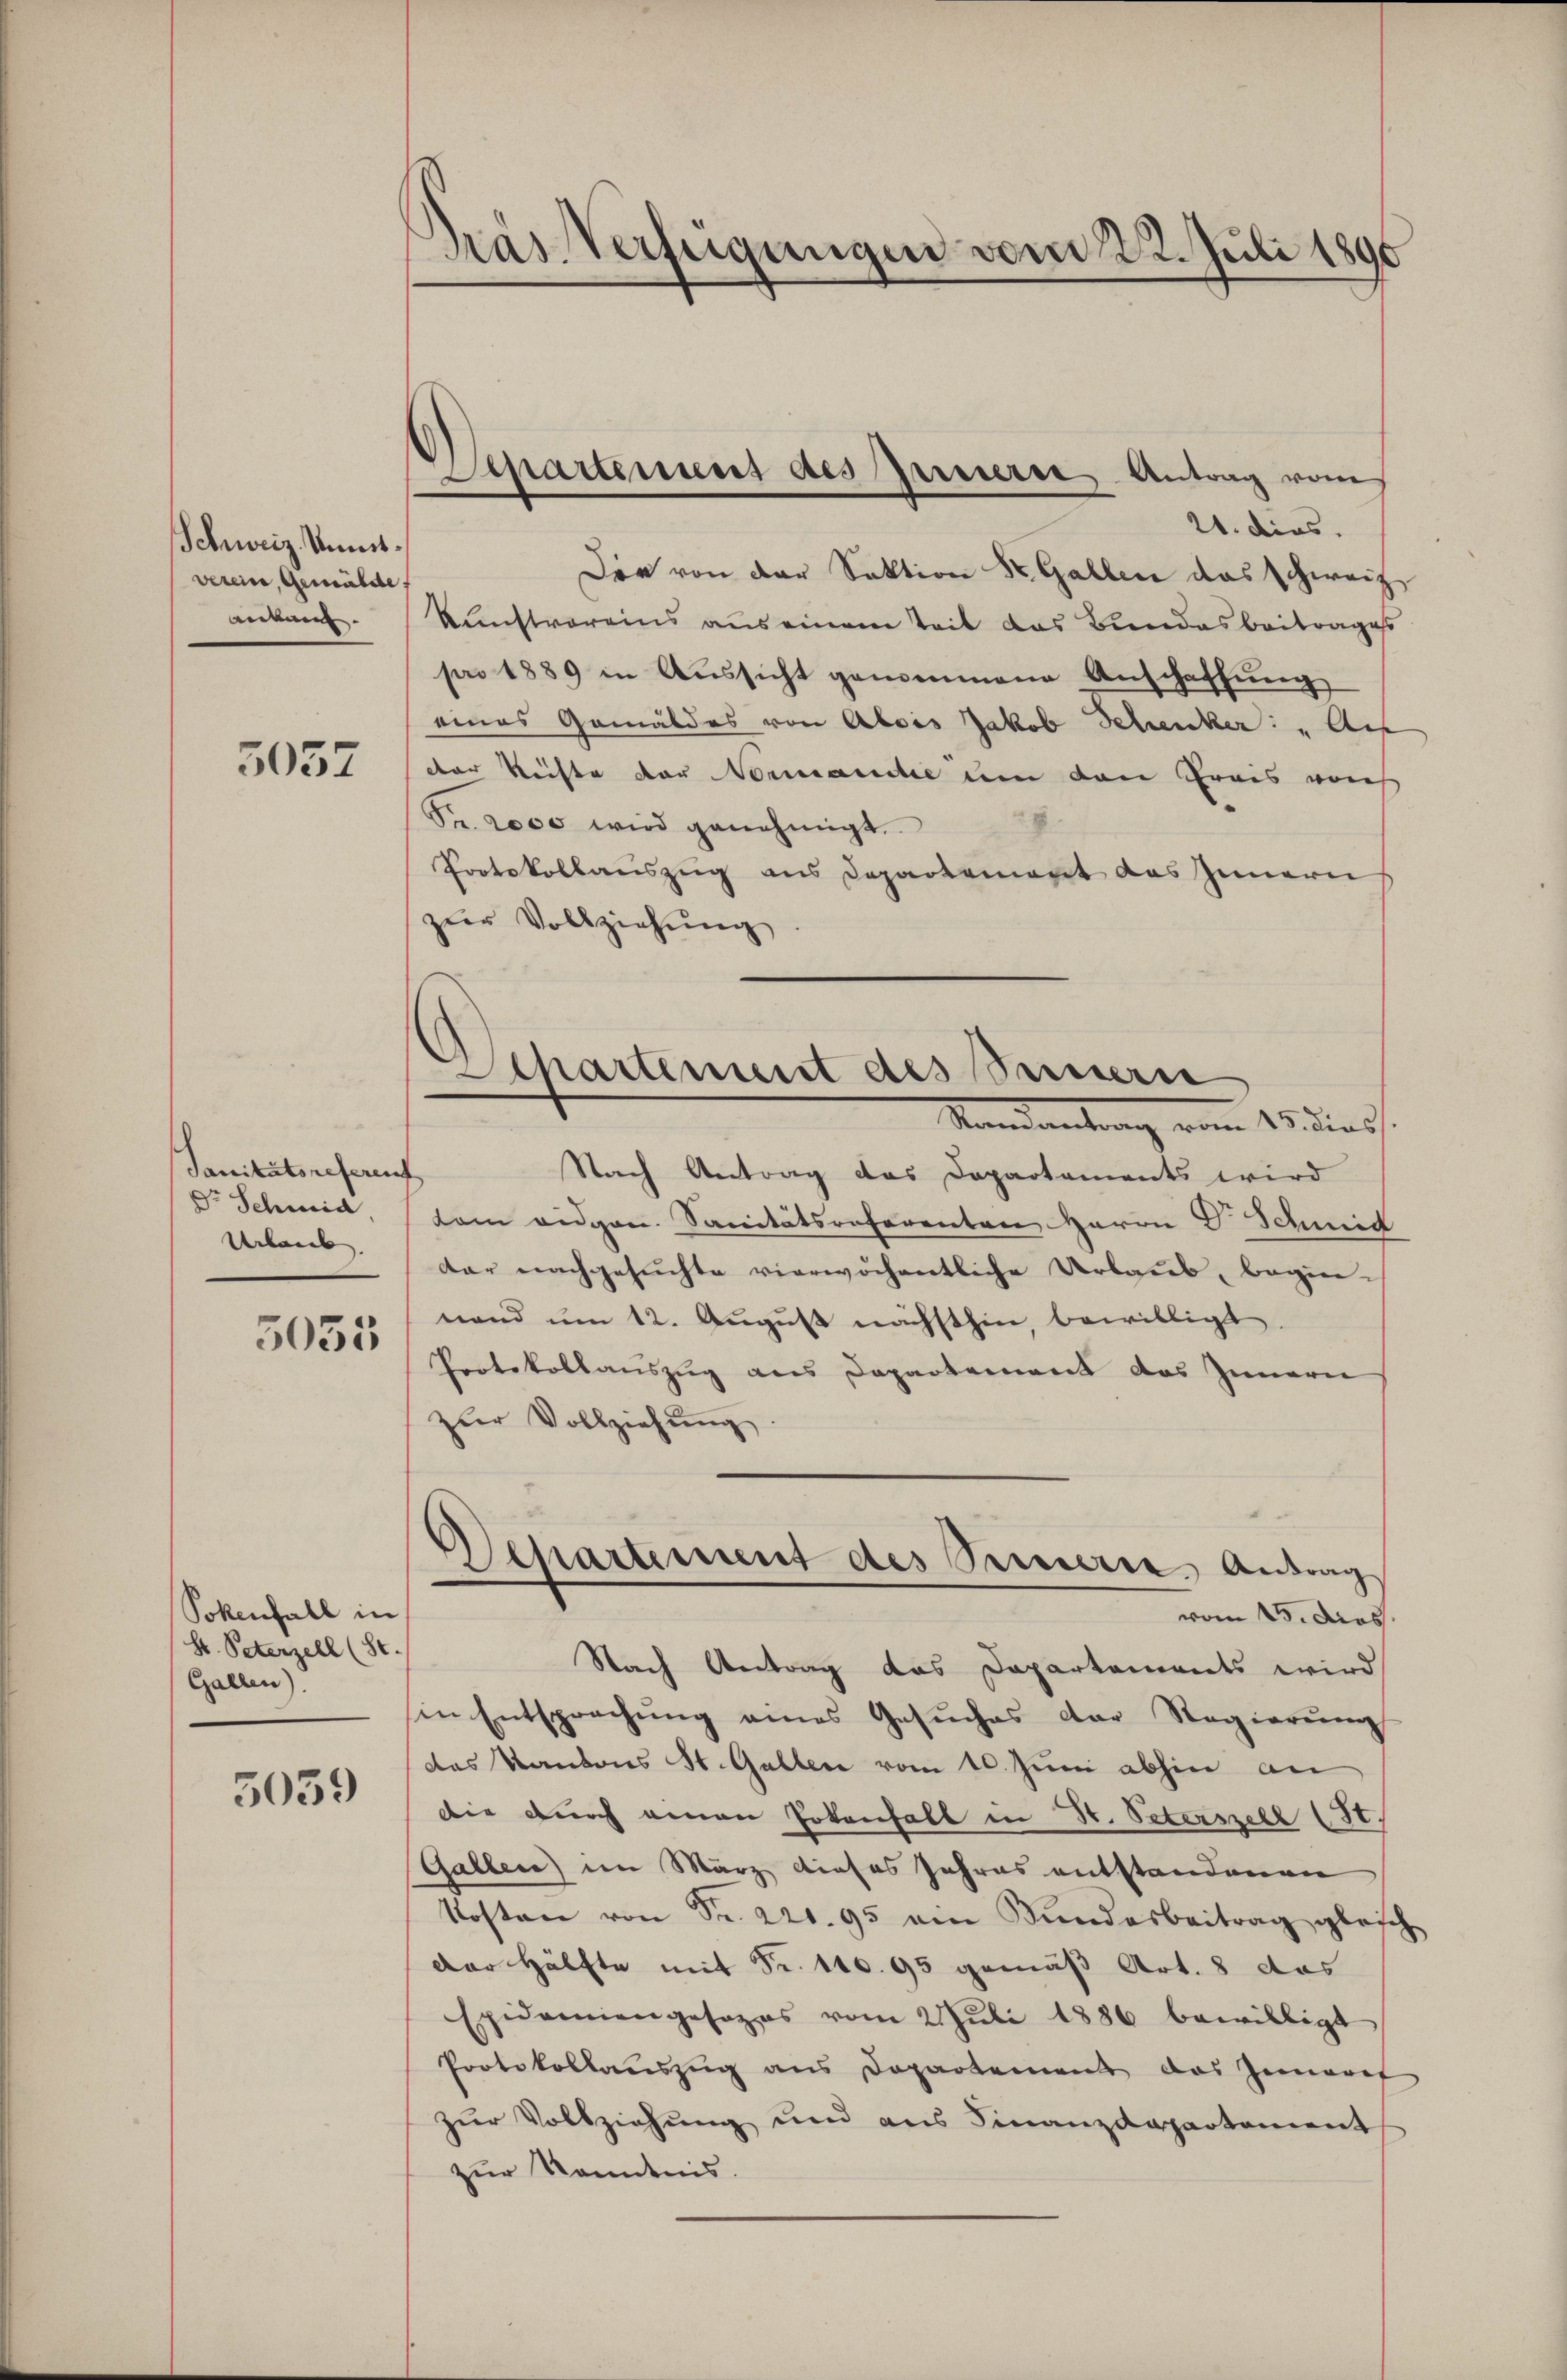
Schweiz. Unmitverein, Gemüsste.
anbaut. |

5057

Sanitätsreferent
Dr Schmid
Urlaub

3033

Pokenfall in
H. Peterzell (Se.
Gallen)

5039

Gras Verfügungen vom 22. Juli 1890

Departement des Innerse Antrag vom

21. dies
Der von der Sektion St. Gallen das Schweiz
kunstvereins aus einem Zeit das Bundesbeitrages
pro 1889 in Aussicht gemeinene Anschaffung
eines Gemäldes von Alois Jakob Schenker: „Aus
dter Rechte der Nomande um den Preis von
Pr. 2000 wird genehmigt.
Protokollauszug aus Departement das Innern
zur Vollziehung
Nach Antrag das Departaments wird
dam eidgen. Sanitätsreferenten Herrn D. Schmid
dar nachgesuchte vierwöchentliche Urlaub, begin-
nand um 12. August nächsthin, bewilligt
Protokollauszug aus Departement das Innern
zŭr Vollziehŭng
Departement des Serie, Antrag
vom 15. dies
Nach Antrag das Departements wird
in Entsprechŭng eines Gesŭches der Regierŭng
das Kantons St. Gallen vom 10. Juni abhin an
die durch einen Totenfall in St. Peterszell St.
Gallen) im März dieses Jahres entstandenen
Kosten von Fr. 221. 95 ein Kundesbeitrag gleich
Der Hälfte mit Fr. 140. 95 gemäß Art. 8 das
Epidemiengesezes vom 2. Juli 1886 bewilligt
Protokollauszug aus Departement das Zimeres
zur Vollziehung und aus Finanzdepartement
zur Kenntnis.

Departement des Sinnern
—
Mandantrag vom 15. die 3.

s
.